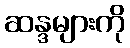
ဆန္ဒများကို